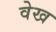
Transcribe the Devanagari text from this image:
वेख